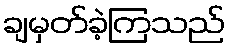
ချမှတ်ခဲ့ကြသည်